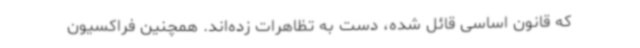
که قانون اساسی قائل شده، دست به تظاهرات زده‌اند. همچنین فراکسیون